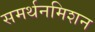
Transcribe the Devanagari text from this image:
समर्थनमिशन